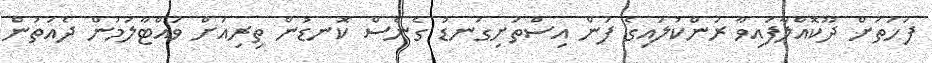
ފަހަތަށް ދޫކޮއްލާފައިވާ ރަންކުލައިގެ ފަން އިސްތަށިގަނޑު ގެނެސް ކޮނޑުން ތިރިއަށް ވައްޓާލަމުން ދެއަތުން